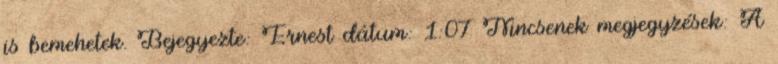
is bemehetek. Bejegyezte: Ernest dátum: 1:07 Nincsenek megjegyzések: A